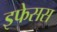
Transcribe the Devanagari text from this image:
इफेसस